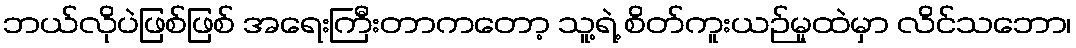
ဘယ်လိုပဲဖြစ်ဖြစ် အရေးကြီးတာကတော့ သူ့ရဲ့ စိတ်ကူးယဉ်မှုထဲမှာ လိင်သဘော၊